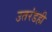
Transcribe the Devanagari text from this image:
उतरंडही